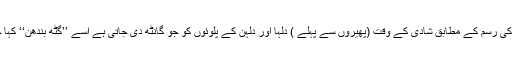
ہندوئوں کی رسم کے مطابق شادی کے وقت (پھیروں سے پہلے ) دُلہا اور دُلہن کے پلّوئوں کو جو گانٹھ دی جاتی ہے اسے ’’گٹھ بندھن‘‘ کہا جاتا ہے۔